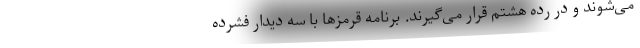
می‌شوند و در رده هشتم قرار می‌گیرند. برنامه قرمزها با سه دیدار فشرده